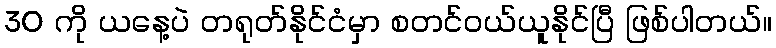
30 ကို ယနေ့ပဲ တရုတ်နိုင်ငံမှာ စတင်ဝယ်ယူနိုင်ပြီ ဖြစ်ပါတယ်။